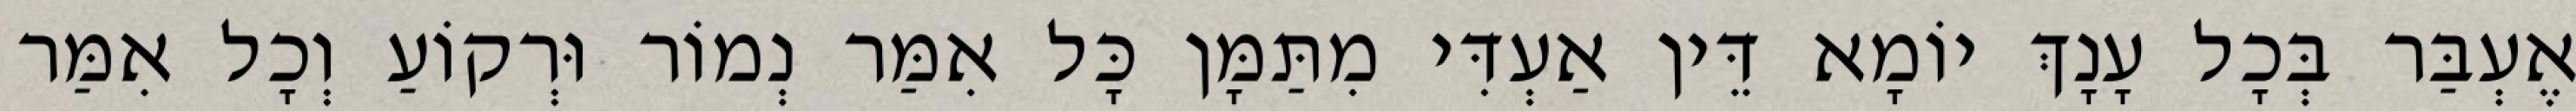
אֶעְבַּר בְּכָל עָנָךְ יוֹמָא דֵּין אַעְדִּי מִתַּמָּן כָּל אִמַּר נְמוֹר וּרְקוֹעַ וְכָל אִמַּר